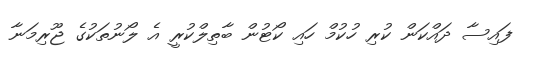
ފައިސާ ދައްކަން ކުރި ހުކުމް ހައި ކޯޓުން ބާތިލްކުރީ އެ ލޯނުތަކުގެ ޖޫރިމަނާ